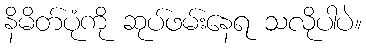
နိမိတ်ပုံကို ဆုပ်ဖမ်းနေရ သလိုပါပဲ။